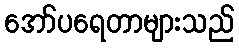
အော်ပရေတာများသည်